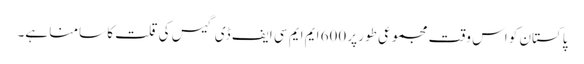
پاکستان کو اس وقت مجموعی طور پر 600 ایم ایم سی ایف ڈی گیس کی قلت کا سامنا ہے۔